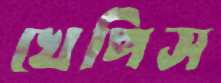
খেপিস